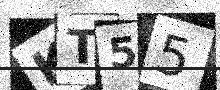
Text: KT55